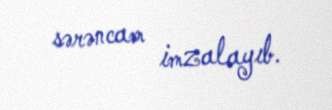
sərəncam imzalayıb.